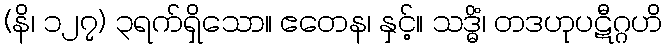
(နိ၊ ၁၂၇) ၃ရက်ရှိသော။ ဧတေန၊ နှင့်။ သဒ္ဓိံ၊ တဒဟုပဋီဂ္ဂဟိ